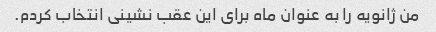
من ژانویه را به عنوان ماه برای این عقب نشینی انتخاب کردم.